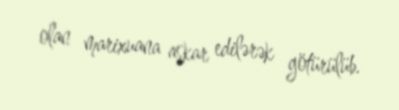
olan marixuana aşkar edilərək götürülüb.